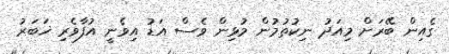
ގެއިން ބޭރަށް މިއަދު ނިކުތުމުން މުޅިން ވެސް އަޑު އިވެނީ އުފާވެރި ޚަބަރު